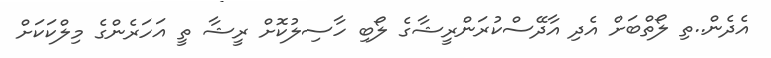
އެދެން..ތި ލޯތްބަށް އެދި އާދޭސްކުރަންރީޝާގެ ލޯބި ހާސިލުކޮށް ރީޝާ ތީ އަހަރެންގެ މިލްކަކަށް